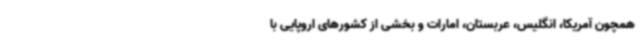
همچون آمریکا، انگلیس، عربستان، امارات و بخشی از کشورهای اروپایی با